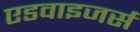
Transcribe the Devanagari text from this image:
एडवाइजर्स